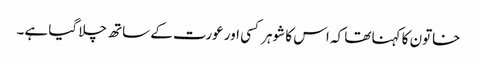
خاتون کا کہنا تھا کہ اس کا شوہر کسی اور عورت کے ساتھ چلا گیا ہے۔